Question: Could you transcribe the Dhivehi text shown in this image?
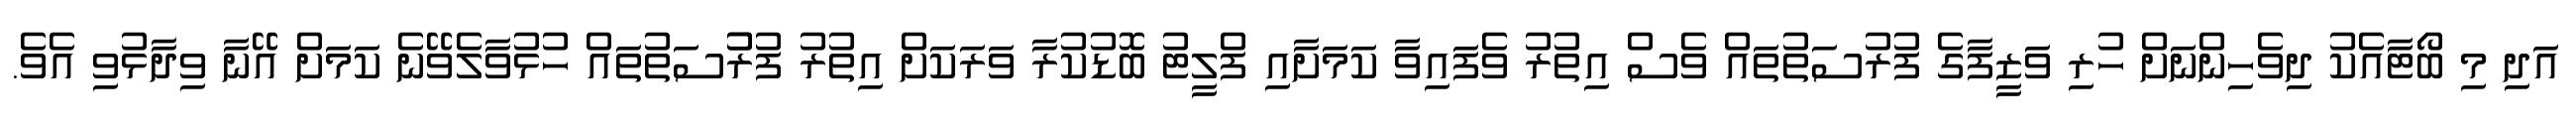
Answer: އަދި މި ބޯޓާއެކު ދިވެހިންނަށް ހުރި ވަޒީފާގެ ފުރުސަތުތައް ވެސް އިތުރު ވެފައިވާ ކަމަށާއި ފްލީޓު ބޮޑުކުރާ ވަރަކަށް އިތުރު ފުރުުސަތުތައް ހުޅުވާލެވޭނެ ކަމަށް އޭނާ ވިދާޅުވި އެވެ.